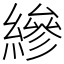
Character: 縿